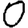
Digit: 0